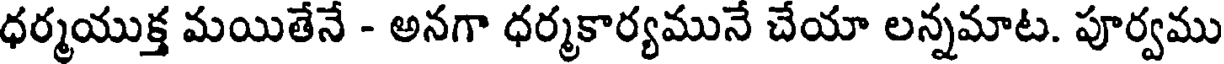
ధర్మయుక్త మయితేనే - అనగా ధర్మకార్యమునే చేయా లన్నమాట. పూర్వము